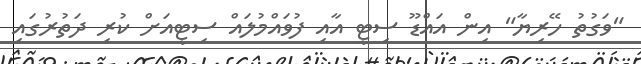
"ވަގުތު ހޭރިޔާ" އިން އައްޑޫ ސިޓީ އާއި ފުވައްމުލައް ސިޓީއަށް ކުރި ދަތުރުގައި